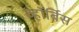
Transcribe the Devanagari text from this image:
व्हॉर्बिस